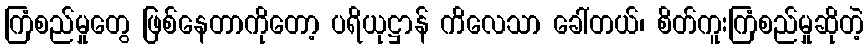
ကြံစည်မှုတွေ ဖြစ်နေတာကိုတော့ ပရိယုဋ္ဌာန် ကိလေသာ ခေါ်တယ်၊ စိတ်ကူးကြံစည်မှုဆိုတဲ့